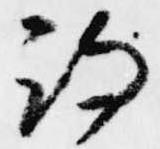
詩